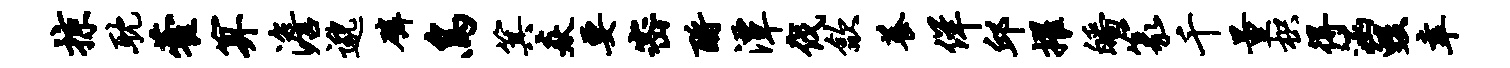
掠耽藿算澹邈磷鸟箕焱要密酹潭伐歙养佯邱擢皤篆千量枳得涵毁幸